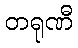
တရုဏီ